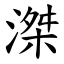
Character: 滐